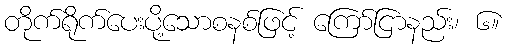
တိုက်ရိုက်ပေးပို့သောစနစ်ဖြင့် ကြော်ငြာနည်း၊ ၆။